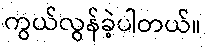
ကွယ်လွန်ခဲ့ပါတယ်။